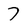
Character: 7